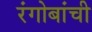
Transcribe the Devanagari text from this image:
रंगोबांची